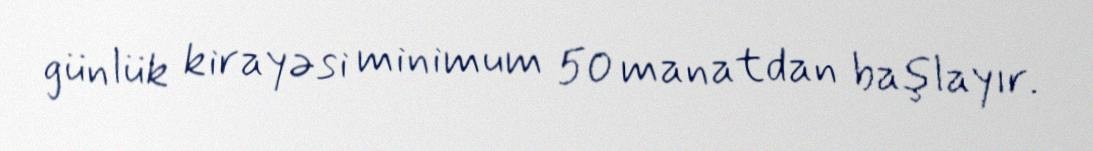
günlük kirayəsi minimum 50 manatdan başlayır.